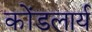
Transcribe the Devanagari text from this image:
कोंडलार्य